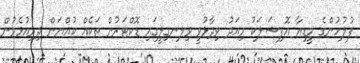
ފުލުހުންގެ މީޑިއާ އޮފިޝަލަކު މިއަދު ވިދާޅުވީ ވިލނގިލީގައި ޑޮކްޓަރުން ތަކެއް ކުއްޔަން ދިރިއުޅެމުން